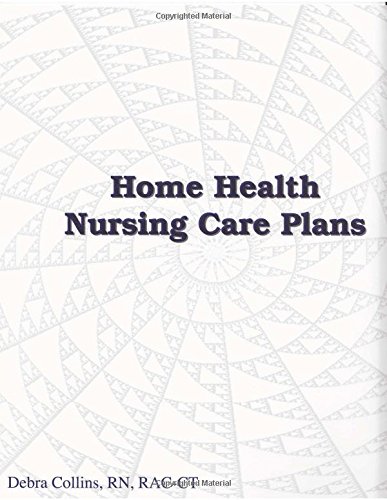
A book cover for Home Health Nursing Care Plans (Nursing Care Plans for Home Health Care); RN, RAC-CT Debra Collins; Medical Books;